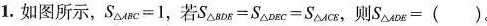
1.如图所示，$$S_{\triangle ABC}=1$$，若$$S_{\triangle BDE}=S_{\triangle DEC}=S_{\triangle ACE}$$，则$$S_{\triangle ADE}=()$$.